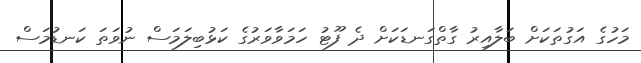
މަހުގެ އަގުތަކަށް ބަލާއިރު ގާތްގަނޑަކަށް ދެ ފޫޓު ހަމަވާވަރުގެ ކަޅުބިލަމަސް ނުވަތަ ކަނޑުމަސް